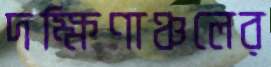
দক্ষিণাঞ্চলের